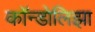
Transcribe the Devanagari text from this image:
कॉन्डोलिझा